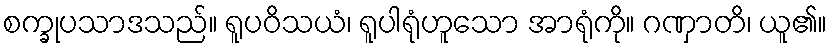
စက္ခုပသာဒသည်။ ရူပဝိသယံ၊ ရူပါရုံဟူသော အာရုံကို။ ဂဏှာတိ၊ ယူ၏။